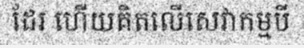
ដែរ ហើយគិតលើសេវាកម្មបី